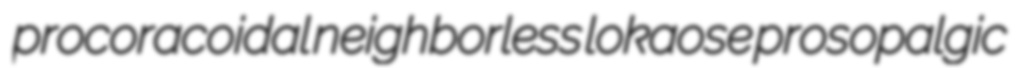
procoracoidal neighborless lokaose prosopalgic